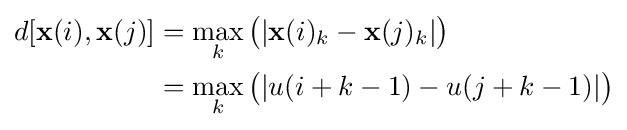
{\begin{aligned}d[\mathbf {x} (i),\mathbf {x} (j)]&=\max _{k}{\big (}|\mathbf {x} (i)_{k}-\mathbf {x} (j)_{k}|{\big )}\\&=\max _{k}{\big (}|u(i+k-1)-u(j+k-1)|{\big )}\\\end{aligned}}